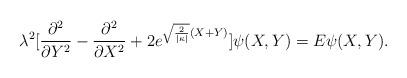
LaTeX: \begin{align*}\lambda ^{2} [\frac{\partial ^{2}}{\partial Y ^{2}} -\frac{\partial ^{2}}{\partial X^{2}} + 2 e^{\sqrt{\frac{2}{|\kappa |}}(X+Y)}] \psi (X,Y) = E \psi (X,Y) .\end{align*}